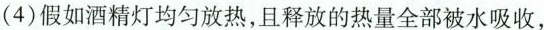
(4)假如酒精灯均匀放热，且释放的热量全部被水吸收，